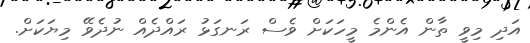
އަދި މިވީ ތާން އެންމެ މީހަކަށް ވެސް ރަނގަޅު ރައްދެއް ނުދެވޭ މިޔަކަށް.